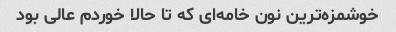
خوشمزه‌ترین نون خامه‌ای که تا حالا خوردم عالی بود